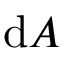
\mathrm { d } A